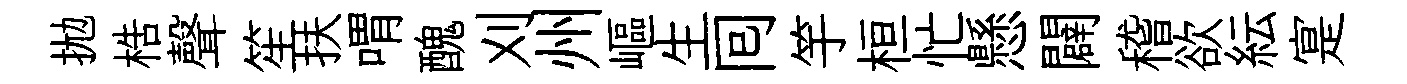
拋梏聲笙扶喟醜刈州嶇生囘竽桓忙懸闢稽欲紜寔